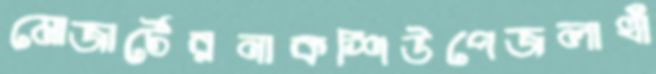
মোজার্টেরনাকশিউপেজলাখাঁ